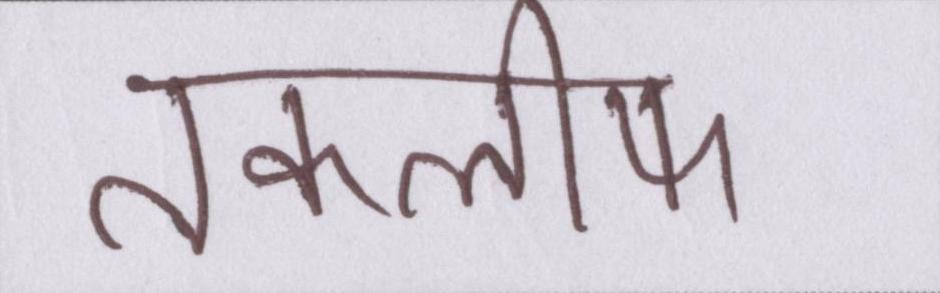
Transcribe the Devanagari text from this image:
तकलीफ